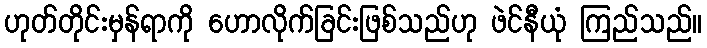
ဟုတ်တိုင်းမှန်ရာကို ဟောလိုက်ခြင်းဖြစ်သည်ဟု ဖဲင်နီယုံ ကြည်သည်။